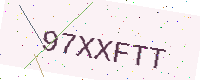
Text: 97XXFTT